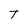
Character: T